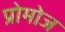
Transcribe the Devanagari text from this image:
प्रोमोज